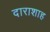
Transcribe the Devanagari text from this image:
दाराशाह